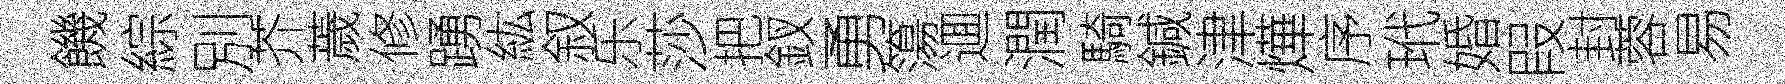
饑綜別芥薉修踴紘叙乐莎把釵勇簜逥潤騎鍼津燁序玳婚叚封蓉易